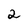
Character: 2